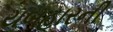
યબહારની